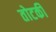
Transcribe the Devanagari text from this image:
तोटकी